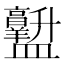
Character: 𱲡